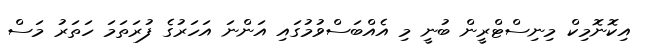
އިކޮނޮމިކް މިނިސްޓްރީން ބުނީ މި އެއްބަސްވުމުގައި އަންނަ އަހަރުގެ ފުރަތަމަ ހަތަރު މަސް